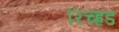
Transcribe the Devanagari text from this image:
रिच्ह्रड